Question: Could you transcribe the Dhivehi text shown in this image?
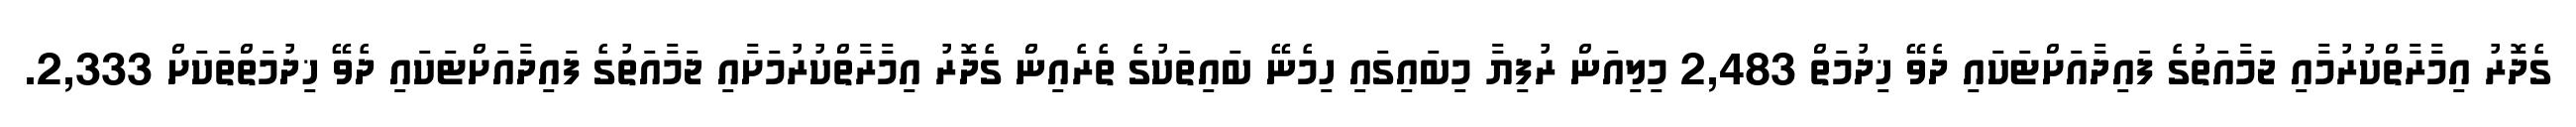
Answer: ގެދޮރު އިމާރާތްކުރުމާއި ޖަމާއަތުގެ ފައިދާއަށްޓަކައި ދެވޭ ޚިދުމަތް 2,483 މިލިއަން ރުފިޔާ މިބައިގައި ހިމެނޭ ބައިތަކުގެ ތެރެއިން ގެދޮރު އިމާރާތްކުރުމަށާއި ޖަމާއަތުގެ ފައިދާއަށްޓަކައި ދެވޭ ޚިދުމަތްތަކަށް 2,333.